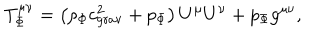
LaTeX: T _ { \Phi } ^ { \mu \nu } = \left( \rho _ { \Phi } c _ { \mathrm { g r a v } } ^ { 2 } + p _ { \Phi } \right) U ^ { \mu } U ^ { \nu } + p _ { \Phi } g ^ { \mu \nu } ,